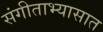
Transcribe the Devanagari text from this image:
संगीताभ्यासात